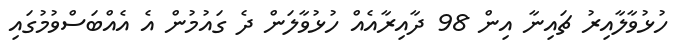
ހުޅުވާލާއިރު ޗައިނާ އިން 98 ދާއިރާއެއް ހުޅުވާލަން ދެ ގައުމުން އެ އެއްބަސްވުމުގައި